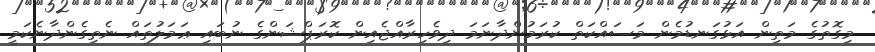
މިގޮތުގެ މަތިން އަޅުގަނޑުމެން މަސައްކަތް ކުރަމުންދާނަމަ ދިވެހިރާއްޖެއިން ކޮރަޕްޝަންގެ ނުބައި ޢަމަލުތައް ނެތިގެންދާނެކަމީ